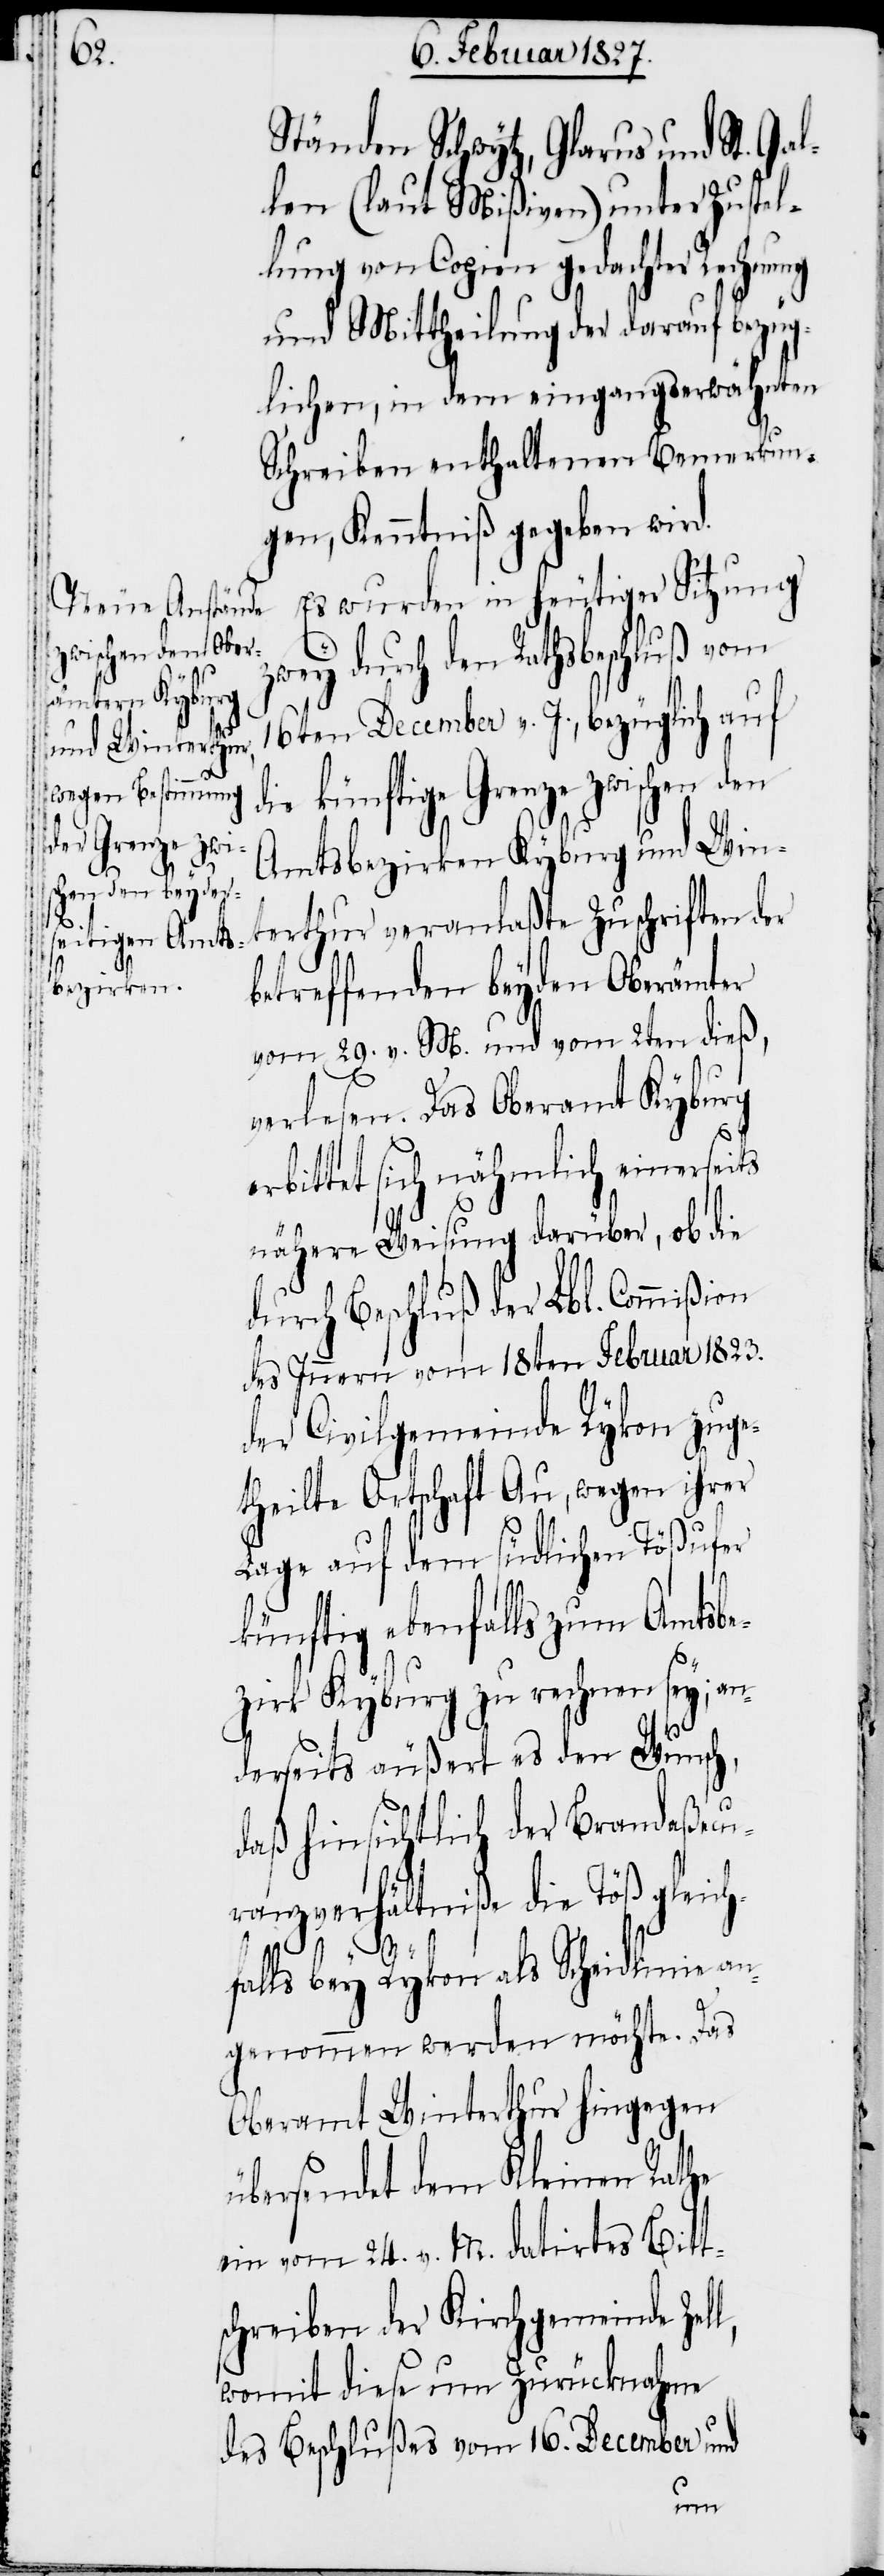
l,

Ständen Schwytz, Glarus und St. Gal¬
len (laut Mißiven) unter Zustel¬
lung von Copien gedachter Rechnung
und Mittheilung der darauf bezüg¬
lichen, in dem eingangserwähnten
Schreiben enthaltenen Bemerkun¬
gen, Kenntniß gegeben wird.
Es wurden in heutiger Sitzung
durch den Rathsbeschluß vom
16ten December v. J., bezüglich auf
ie künftige Grenze zwischen den
Amtsbezirken Kyburg und Win¬
terthur veranlaßte Zuschriften der
betreffenden beyden Oberämter
vom 29. v. M. und vom 2ten dieß,
verlesen. Das Oberamt Kyburg
rbittet sich nähmlich einerseits
nähere Weisung darüber, ob die
durch Beschluß der Lbl. Commißion
des Innern vom 18ten Februar 1823.
der Civilgemeinde Rykon zuge¬
theilte Ortschaft Au, wegen ihrer
Lage auf dem südlichen Tößufer
künftig ebenfalls zum Amtsbe¬
zirk Kyburg zu rechnen sey; an¬
derseits äußert es den Wunsch,
daß hinsichtlich der Brandaßecu¬
ranzverhältniße die Töß gleich¬
falls bey Rykon als Scheidlinie an¬
genommen werden möchte. Das
Oberamt Winterthur hingegen
übersendet dem Kleinen Rathe
ein vom 24. v. M. datirtes Bitt¬
schreiben der Kirchgemeinde Zel¬
womit diese um Zurücknahme
des Beschlußes vom 16. December und